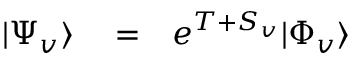
\begin{array} { r l r } { | \Psi _ { v } \rangle } & { { } = } & { e ^ { T + S _ { v } } | \Phi _ { v } \rangle } \end{array}